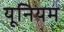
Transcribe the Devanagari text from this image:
यूनियम